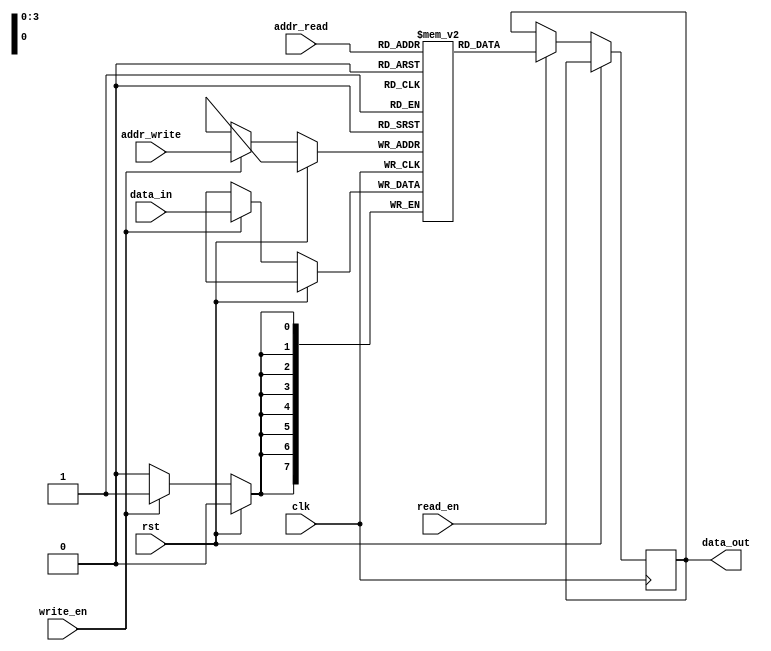
module memory_blocks_stack(
    input clk,
    input rst,
    input [7:0] data_in,
    input [3:0] addr_write,
    input [3:0] addr_read,
    input write_en,
    input read_en,
    output reg [7:0] data_out
);

reg [7:0] memory_blocks [0:15]; // stack of memory blocks

reg [3:0] stack_pointer = 0;

always @(posedge clk) begin
    if (rst) begin
        stack_pointer <= 0;
    end else begin
        if (write_en) begin
            memory_blocks[addr_write] <= data_in;
            stack_pointer <= (stack_pointer == 15) ? 0 : stack_pointer + 1;
        end
        
        if (read_en) begin
            data_out <= memory_blocks[addr_read];
        end
    end
end

endmodule